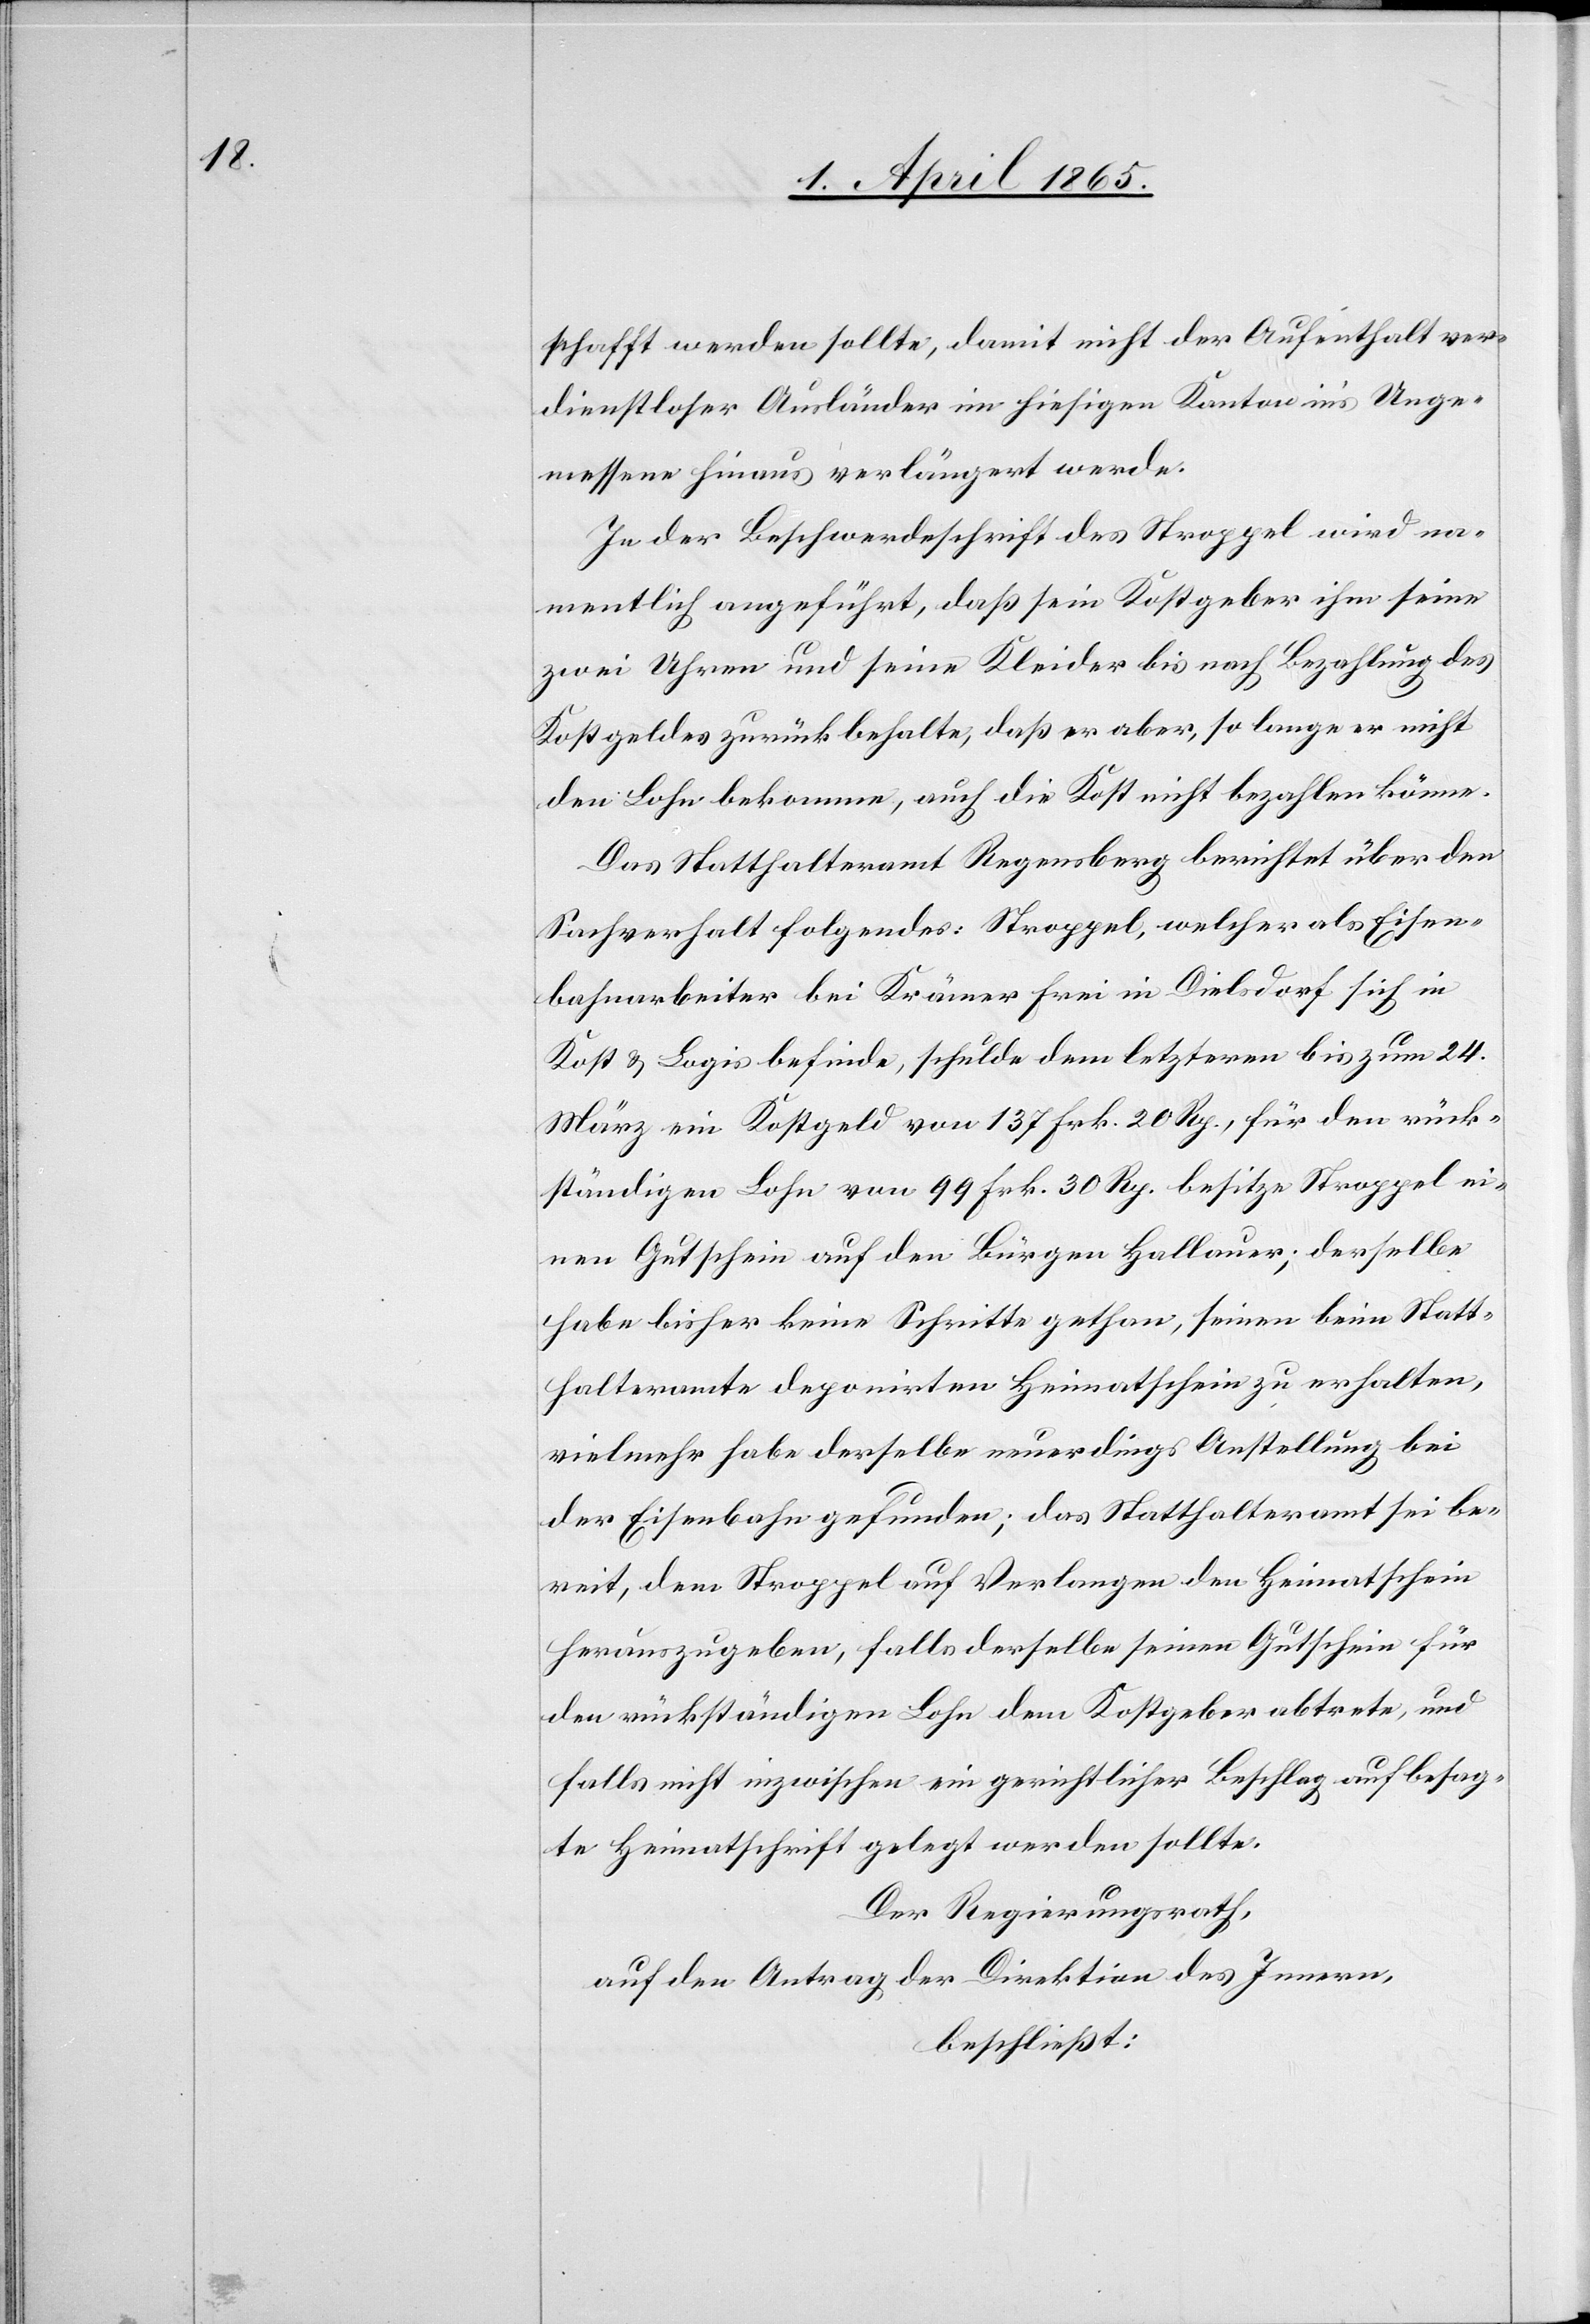
schafft werden sollte, damit nicht der Aufenthalt ver¬
dienstloser Ausländer im hiesigen Kanton in’s Unge¬
messene hinaus verlängert werde.
In der Beschwerdeschrift des Stroppel wird na¬
mentlich angeführt, daß sein Kostgeber ihm seine
zwei Uhren und seine Kleider bis nach Bezahlung des
Kostgeldes zurück behalte, daß er aber, so lange er nicht
den Lohn bekomme, auch die Kost nicht bezahlen könne.
Das Statthalteramt Regensberg berichtet über den
Sachverhalt Folgendes: Stroppel, welcher als Eisen¬
bahnarbeiter bei Krämer Frei in Dielsdorf sich in
Kost & Logis befinde, schulde dem letzteren bis zum 24.
März ein Kostgeld von 137 Frk. 20 Rp., für den rück¬
ständigen Lohn von 99 Frk. 30 Rp. besitze Stroppel ei¬
nen Gutschein auf den Bürgen Hallauer; derselbe
habe bisher keine Schritte gethan, seinen beim Statt¬
halteramte deponirten Heimatschein zu erhalten,
vielmehr habe derselbe neuerdings Anstellung bei
der Eisenbahn gefunden; das Statthalteramt sei be¬
reit, dem Stroppel auf Verlangen den Heimatschein
herauszugeben, falls derselbe seinen Gutschein für
den rückständigen Lohn dem Kostgeber abtrete, und
falls nicht inzwischen ein gerichtlicher Beschlag auf besag¬
te Heimatschrift gelegt werden sollte.
Der Regierungsrath,
auf den Antrag der Direktion des Innern,
beschließt: